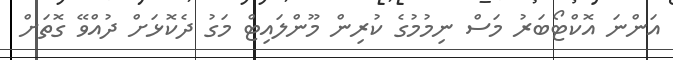
އަންނަ އޮކްޓޯބަރު މަސް ނިމުމުގެ ކުރިން މޫންލައިޓް މަގު ދެކޮޅަށް ދުއްވޭ ގޮތަށް